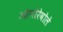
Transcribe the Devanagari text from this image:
ओनोरेवोले